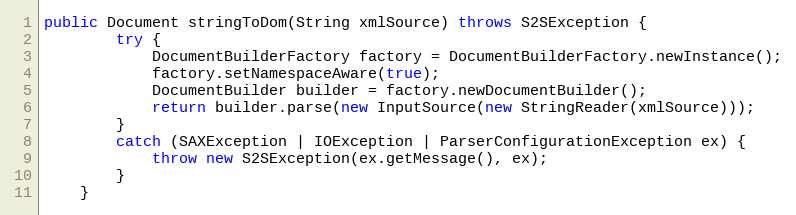
Language: Java
public Document stringToDom(String xmlSource) throws S2SException {
        try {
            DocumentBuilderFactory factory = DocumentBuilderFactory.newInstance();
            factory.setNamespaceAware(true);
            DocumentBuilder builder = factory.newDocumentBuilder();
            return builder.parse(new InputSource(new StringReader(xmlSource)));
        }
        catch (SAXException | IOException | ParserConfigurationException ex) {
            throw new S2SException(ex.getMessage(), ex);
        }
    }